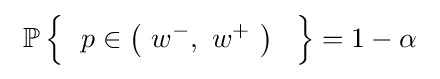
\ \operatorname {\mathbb {P} } {\Bigr \{}~~p\in \left(\ w^{-},\ w^{+}\ \right)~~{\Bigl \}}=1-\alpha ~